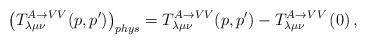
\begin{align*}\left( T_{\lambda \mu \nu }^{A\rightarrow VV}(p,p^{\prime })\right)_{phys}=T_{\lambda \mu \nu }^{A\rightarrow VV}(p,p^{\prime })-T_{\lambda \mu\nu }^{A\rightarrow VV}\left( 0\right) ,\end{align*}